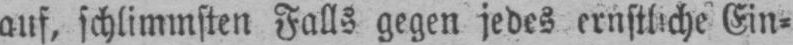
auf, schlimmsten Falls gegen jedes ernstliche Ein⸗